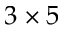
3 \times 5